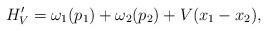
LaTeX: \begin{align*}H_V '=\omega_1(p_1)+\omega_2(p_2) + V(x_1-x_2),\end{align*}